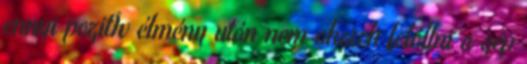
ennyi pozitÍv élmény után nem akarok felállni a gép